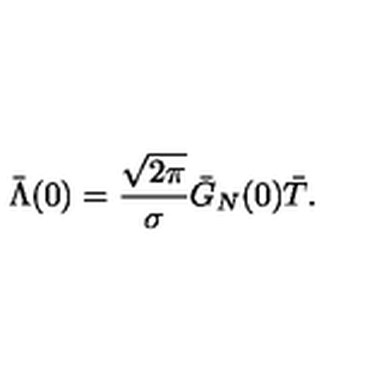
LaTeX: \bar { \Lambda } ( 0 ) = \frac { \sqrt { 2 \pi } } { \sigma } \bar { G } _ { N } ( 0 ) \bar { T } .